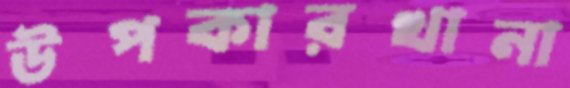
উপকারখানা